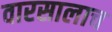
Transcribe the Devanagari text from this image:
वारसालाच